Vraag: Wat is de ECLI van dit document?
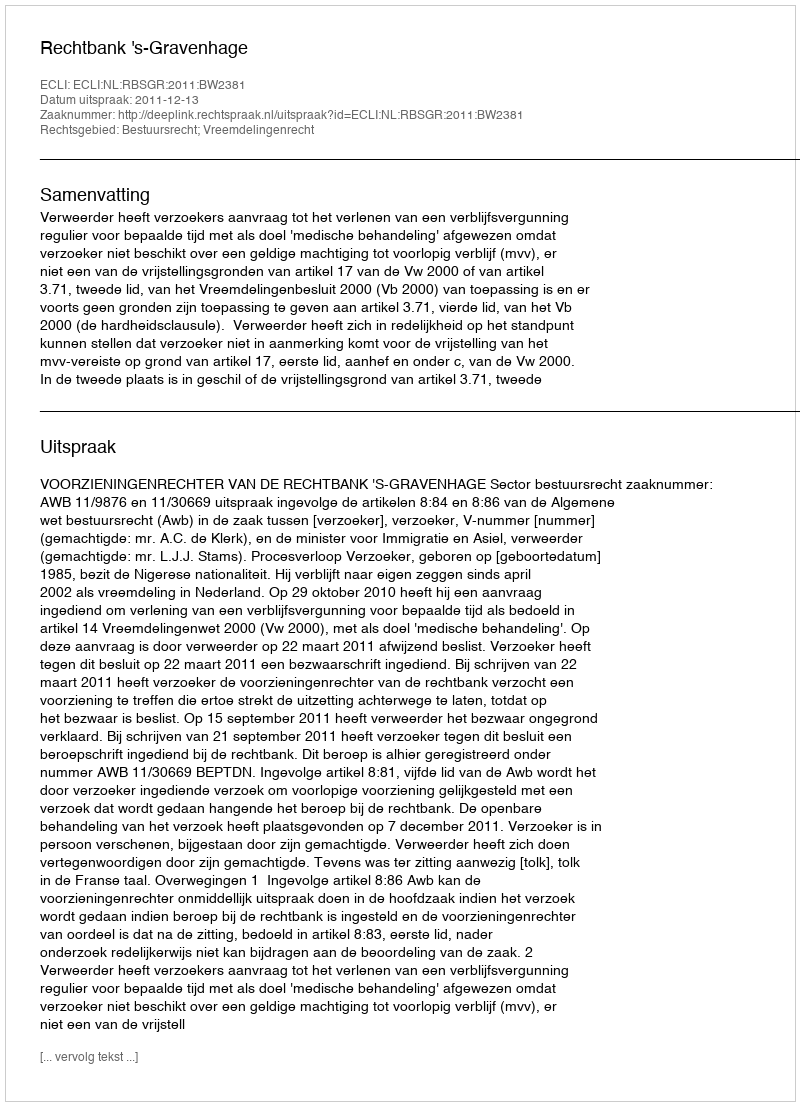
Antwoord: ECLI:NL:RBSGR:2011:BW2381